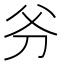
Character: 𠛈